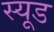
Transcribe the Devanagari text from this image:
स्यूड